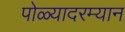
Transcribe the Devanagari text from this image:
पोळ्यादरम्यान